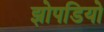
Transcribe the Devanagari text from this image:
झोपडियो